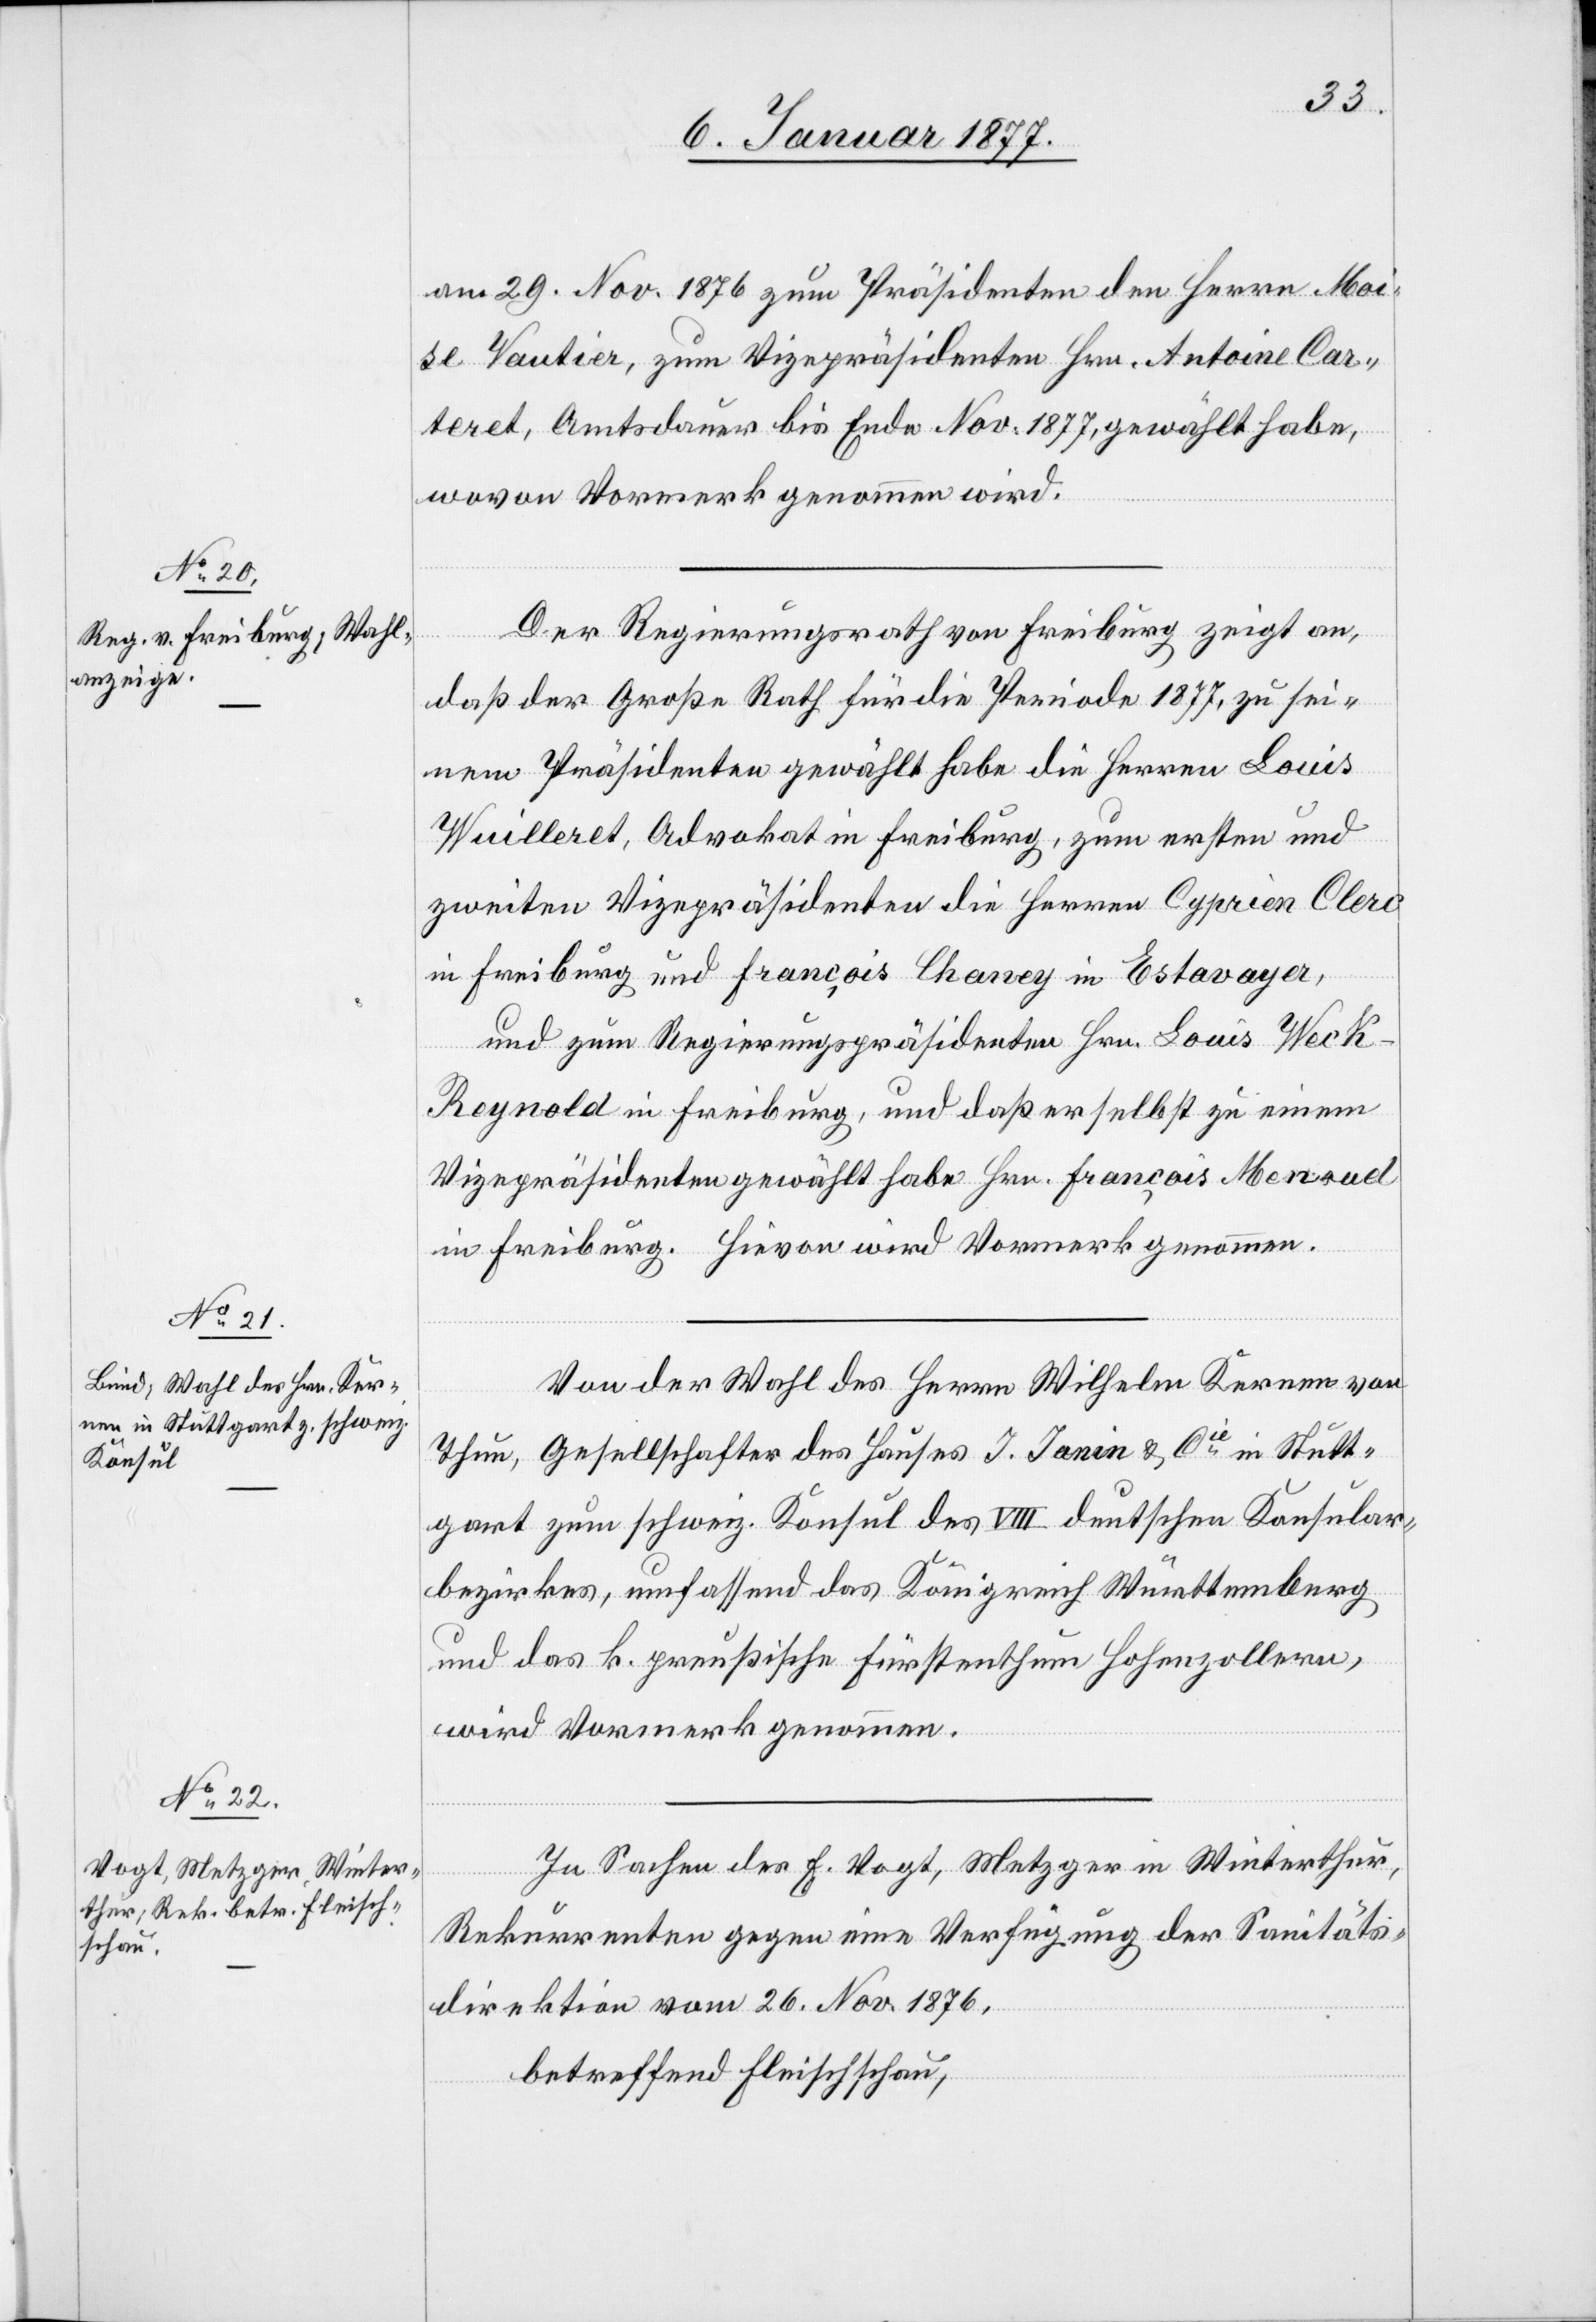
am 29. Nov. 1876 zum Präsidenten den Herrn Moi¬
se Tautier, zum Vizepräsidenten Hrn. Antoine Car¬
teret, Amtsdauer bis Ende Nov. 1877, gewählt habe,
wovon Vormerk genommen wird.
Der Regierungsrath von Freiburg zeigt an,
daß der Große Rath für die Periode 1877, zu sei¬
nen Präsidenten gewählt habe die Herren Louis
Wuilleret, Advokat in Freiburg, zum ersten und
zweiten Vizepräsidenten die Herren Cyprien Clerc
in Freiburg und François Chaney in Estavayer,
und zum Regierungspräsidenten Hrn. Louis Weck-R¬
eynold in Freiburg, und daß er selbst zu einem
Vizepräsidenten gewählt habe Hrn. François Menruel
in Freiburg. Hievon wird Vormerk genommen.
Von der Wahl des Herrn Wilhelm Kernen von
Thun, Gesellschafter des Hauses J. Janin & Cie in Stutt¬
gart zum schweiz. Konsul des VIII deutschen Konsular¬
bezirkes, umfassend das Königreich Württemberg
und das k. preußische Fürstenthum Hohenzollern,
wird Vormerk genommen.
In Sachen des E. Vogt, Metzger in Winterthur,
Rekurrenten gegen eine Verfügung der Sanitäts¬
direktion vom 26. Nov. 1876,
betreffend Fleischschau,